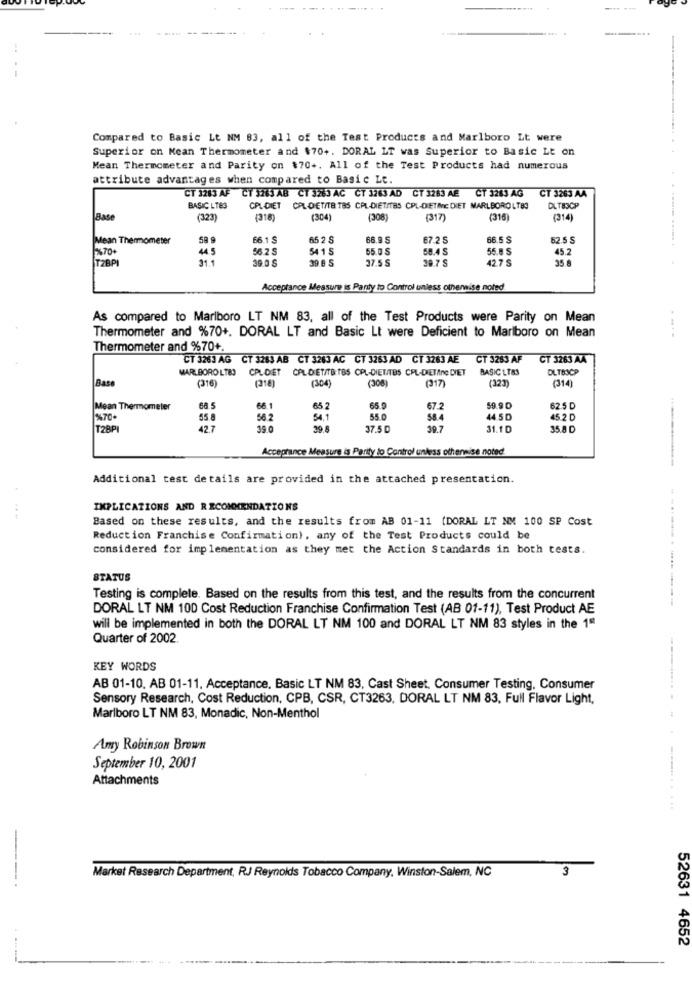
Compared to Basic Lt NM 83, all of the Test Products and Marlboro Lt were
Superior on Mean Thermometer and $70+. DORAL LT was Superior to Basic Lt on
Mean Thermometer and Parity on $70+. All of the Test Products had numerous
attribute advantages when compared to Basic Le.
CT 3283 AF CT 3283 AB CT 3263 AC CT 3263 AD CT 3283 AE CT 3283 AG
CT 3263 AA
BASIC LTES
CPL DIET CAL DETITE TES CPL-DIETITBS CPL-DIETAE DIET MARLBORO LT83
DLT83CP
Bas
(323)
(318)
(304)
(308
(317)
(316)
(314)
Mean Thermometer
66.1
65 2 S
68.9 5
67.25
66.5 $
62.5 S
%70
44.5
56.2
54 15
55.0 S
58.4 S
55.8
45.2
31.
39.0 $
39 8 S
37.5 S
39.7 S
42.7 S
35.8
Acceptance Messure is Party to Control unless otherwise noted
As compared to Marlboro LT NM 83, all of the Test Products were Parity on Mean
Thermometer and %70+. DORAL LT and Basic Lt were Deficient to Marlboro on Mean
----
Thermometer and %70+
CT 3263 AG CT 3283 AB CT 3283 AC CT 3263 AD CT 3283 AE
CT 3283 AF
CT 3263 AA
MARLBORO LTE
CPLDIET CAL DIETITB:TBS CPL-DIENTES CPL-DIETING DIET
BASIC LTBS
DLTBSCP
Base
(316)
(304
(308
(317
(323)
(314
(318)
Mean Thermometer
66.1
65.2
65.9
67.2
59.9 0
62.5 D
1%70.
55.8
56.2
54.1
55.0
584
44 50
45.2 D
T28PI
427
39.0
39.8
37.5 0
39.7
31.10
35.8 D
.----
Acceptance Measure is Parity to Control unless otherwise noted
Additional test details are provided in the attached presentation.
IMPLICATIONS AND RECOMMENDATIONS
....
Based on these results, and the results from AB 01-11 (DORAL LT NM 100 SP Cost
Reduction Franchise Confirmation), any of the Test Products could be
considered for implementation as they met the Action Standards in both tests.
STATUS
Testing is complete. Based on the results from this test, and the results from the concurrent
DORAL LT NM 100 Cost Reduction Franchise Confirmation Test (AB 01-11), Test Product AE
will be implemented in both the DORAL LT NM 100 and DORAL LT NM 83 styles in the 1"
Quarter of 2002.
KEY WORDS
AB 01-10, AB 01-11, Acceptance, Basic LT NM 83, Cast Sheet, Consumer Testing, Consumer
Sensory Research, Cost Reduction, CPB, CSR, CT3263, DORAL LT NM 83, Full Flavor Light,
Marlboro LT NM 83, Monadic, Non-Menthol
Amy Robinson Brown
September 10, 2001
Attachments
Market Research Department, RJ Reynolds Tobacco Company, Winston-Salem, NC
3
--.
52631 4652